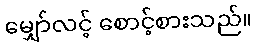
မျှော်လင့် စောင့်စားသည်။